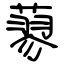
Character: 蓼